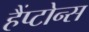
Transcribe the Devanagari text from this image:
हैंप्टोन्स